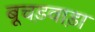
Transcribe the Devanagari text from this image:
बूचड़वाड़ा